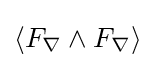
\langle F_{\nabla }\wedge F_{\nabla }\rangle